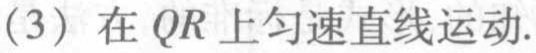
(3) 在 \(QR\) 上匀速直线运动.